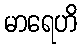
မာရေဟိ